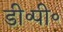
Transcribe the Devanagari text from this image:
डी॰पी॰